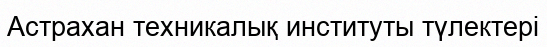
Астрахан техникалық институты түлектері